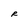
Character: R